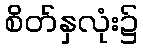
စိတ်နှလုံး၌